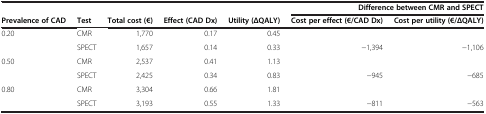
|  |  |  |  |  | <COLSPAN=2> Difference between CMR and SPECT |
 | Prevalence of CAD | Test | Total cost (€) | Effect (CAD Dx) | Utility (ΔQALY) | Cost per effect (€/CAD Dx) | Cost per utility (€/ΔQALY) |
 | --- | --- | --- | --- | --- | --- | --- |
 | 0.20 | CMR | 1,770 | 0.17 | 0.45 |  |  |
 |  | SPECT | 1,657 | 0.14 | 0.33 | −1,394 | −1,106 |
 | 0.50 | CMR | 2,537 | 0.41 | 1.13 |  |  |
 |  | SPECT | 2,425 | 0.34 | 0.83 | −945 | −685 |
 | 0.80 | CMR | 3,304 | 0.66 | 1.81 |  |  |
 |  | SPECT | 3,193 | 0.55 | 1.33 | −811 | −563 |